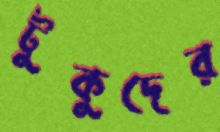
টুকুদের